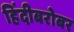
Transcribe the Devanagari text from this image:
हिंदीबरोबर